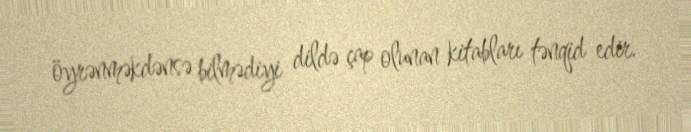
öyrənməkdənsə bilmədiyi dildə çap olunan kitabları tənqid edir.